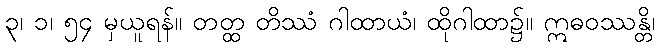
၃၊ ၁၊ ၅၄ မှယူရန်။ တတ္ထ တိဿံ ဂါထာယံ၊ ထိုဂါထာ၌။ ဣဓဝဿန္တိ၊